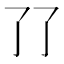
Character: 𰁒